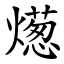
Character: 燪